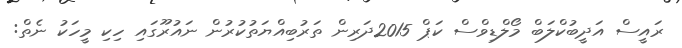
ރައީސް އަދީބުކްލަބް މޯލްޑިވްސް ކަޕް 2015ދަރިން ތަރުބިއްޔަތުކުރުން ނައުރޫގައި ހިކި މީހަކު ނެތް: